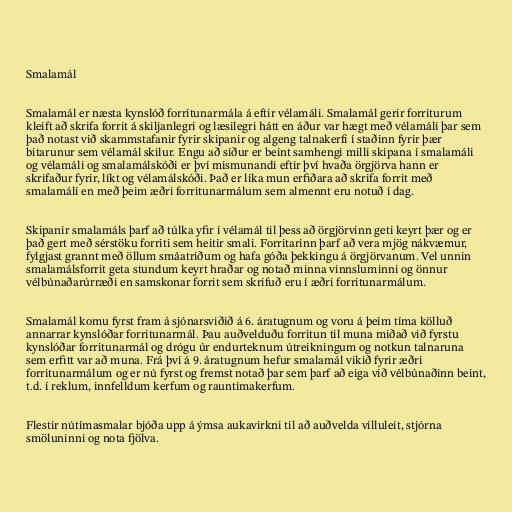
Smalamál

Smalamál er næsta kynslóð forritunarmála á eftir vélamáli. Smalamál gerir forriturum
kleift að skrifa forrit á skiljanlegri og læsilegri hátt en áður var hægt með vélamáli þar sem
það notast við skammstafanir fyrir skipanir og algeng talnakerfi í staðinn fyrir þær
bitarunur sem vélamál skilur. Engu að síður er beint samhengi milli skipana í smalamáli
og vélamáli og smalamálskóði er því mismunandi eftir því hvaða örgjörva hann er
skrifaður fyrir, líkt og vélamálskóði. Það er líka mun erfiðara að skrifa forrit með
smalamáli en með þeim æðri forritunarmálum sem almennt eru notuð í dag.

Skipanir smalamáls þarf að túlka yfir í vélamál til þess að örgjörvinn geti keyrt þær og er
það gert með sérstöku forriti sem heitir smali. Forritarinn þarf að vera mjög nákvæmur,
fylgjast grannt með öllum smáatriðum og hafa góða þekkingu á örgjörvanum. Vel unnin
smalamálsforrit geta stundum keyrt hraðar og notað minna vinnsluminni og önnur
vélbúnaðarúrræði en samskonar forrit sem skrifuð eru í æðri forritunarmálum.

Smalamál komu fyrst fram á sjónarsviðið á 6. áratugnum og voru á þeim tíma kölluð
annarrar kynslóðar forritunarmál. Þau auðvelduðu forritun til muna miðað við fyrstu
kynslóðar forritunarmál og drógu úr endurteknum útreikningum og notkun talnaruna
sem erfitt var að muna. Frá því á 9. áratugnum hefur smalamál vikið fyrir æðri
forritunarmálum og er nú fyrst og fremst notað þar sem þarf að eiga við vélbúnaðinn beint,
t.d. í reklum, innfelldum kerfum og rauntímakerfum.

Flestir nútímasmalar bjóða upp á ýmsa aukavirkni til að auðvelda villuleit, stjórna
smöluninni og nota fjölva.